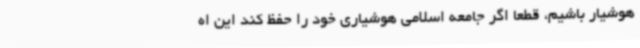
هوشیار باشیم، قطعا اگر جامعه اسلامی هوشیاری خود را حفظ کند این اه